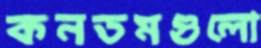
কনডমগুলো